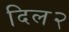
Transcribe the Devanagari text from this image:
दिल२